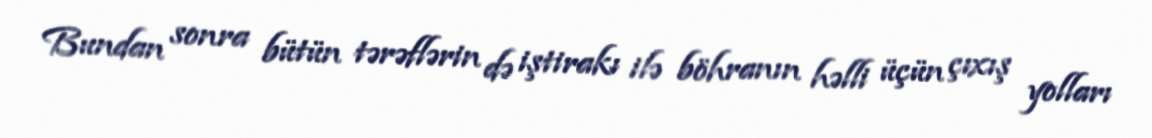
Bundan sonra bütün tərəflərin də iştirakı ilə böhranın həlli üçün çıxış yolları